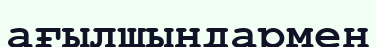
ағылшындармен